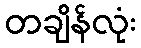
တချိန်လုံး